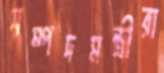
সম্পদমন্ত্রীরা